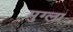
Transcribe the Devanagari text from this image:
मुग्ला